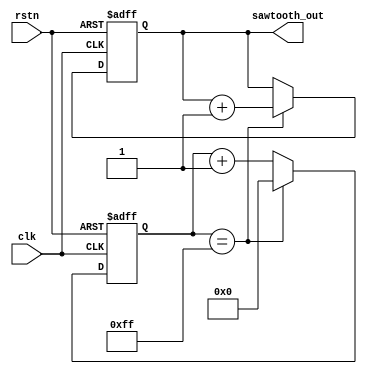
module sawtooth_generator #(
    parameter WIDTH = 8,
    parameter DIV_FACTOR = 256  // Frequency division factor
)(
    input wire clk,
    input wire rstn,
    output reg [WIDTH-1:0] sawtooth_out
);

reg [$clog2(DIV_FACTOR)-1:0] counter;

always @(posedge clk or negedge rstn) begin
    if (!rstn) begin
        sawtooth_out <= 0;
        counter <= 0;
    end else begin
        if (counter == (DIV_FACTOR - 1)) begin
            counter <= 0;
            sawtooth_out <= sawtooth_out + 1;
        end else begin
            counter <= counter + 1;
        end
    end
end

endmodule